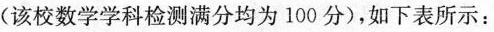
(该校数学学科检测满分均为100分)，如下表所示：